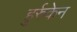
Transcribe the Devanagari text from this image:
हुर्रुकेन